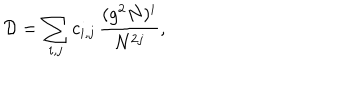
LaTeX: { \cal D } = \sum _ { i , j } c _ { i , j } \, \frac { ( g ^ { 2 } N ) ^ { i } } { N ^ { 2 j } } ,